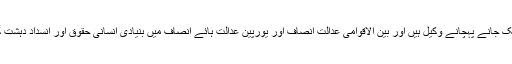
خبر بریک کرنے والے کا نام بین ایمرسن(Ben Emmerson)ہے جویورپ کے ایک جانے پہچانے وکیل ہیں اور بین الاقوامی عدالت انصاف اور یورپین عدالت ہائے انصاف میں بنیادی انسانی حقوق اور انسداد دہشت گردی جیسے موضوعات پر انہوں نے بڑا کام کیا ہے اور بڑی شہرت حاصل کی ہے۔